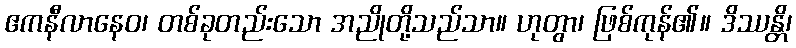
ဧကနီလာနေဝ၊ တစ်ခုတည်းသော အညိုတို့သည်သာ။ ဟုတွာ၊ ဖြစ်ကုန်၏။ ဒိဿန္တိ၊